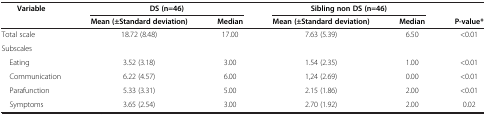
<table><thead><tr><td><b>Variable</b></td><td colspan="3"><b>DS (n=46)</b></td><td colspan="5"><b>Sibling non DS (n=46)</b></td><td><b> </b></td></tr><tr><td><b> </b></td><td><b>Mean (±Standard deviation)</b></td><td><b>Median</b></td><td><b>Mean (±Standard deviation)</b></td><td><b>Median</b></td><td><b>P-value*</b></td><td><b> </b></td><td><b> </b></td><td><b> </b></td><td><b> </b></td></tr></thead><tbody><tr><td>Total scale</td><td>18.72 (8.48)</td><td>17.00</td><td>7.63 (5.39)</td><td>6.50</td><td>&lt;0.01</td></tr><tr><td>Subscales</td><td> </td><td> </td><td> </td><td> </td><td> </td></tr><tr><td> Eating</td><td>3.52 (3.18)</td><td>3.00</td><td>1.54 (2.35)</td><td>1.00</td><td>&lt;0.01</td></tr><tr><td> Communication</td><td>6.22 (4.57)</td><td>6.00</td><td>1,24 (2.69)</td><td>0.00</td><td>&lt;0.01</td></tr><tr><td> Parafunction</td><td>5.33 (3.31)</td><td>5.00</td><td>2.15 (1.86)</td><td>2.00</td><td>&lt;0.01</td></tr><tr><td> Symptoms</td><td>3.65 (2.54)</td><td>3.00</td><td>2.70 (1.92)</td><td>2.00</td><td>0.02</td></tr></tbody></table>